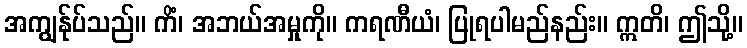
အကျွန်ုပ်သည်။ ကိံ၊ အဘယ်အမှုကို။ ကရဏီယံ၊ ပြုရပါမည်နည်း။ ဣတိ၊ ဤသို့။